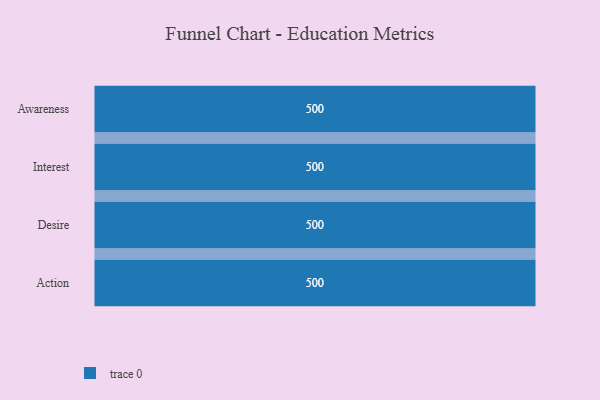
{"axis": {"x": "Stage", "y": "Value"}, "legend": [""], "data": [{"x": "Awareness", "y": 500, "type": ""}, {"x": "Interest", "y": 500, "type": ""}, {"x": "Desire", "y": 500, "type": ""}, {"x": "Action", "y": 500, "type": ""}]}